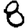
Digit: 8